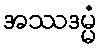
အဿဒမ္မံ